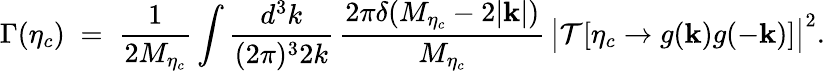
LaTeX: \Gamma(\eta_{c})\; =\; {\frac{1}{2M_{\eta_{c}}}}\int{\frac{d^{3}k}{(2{\pi})^{3}2k}}\, {\frac{2\pi\delta(M_{\eta_{c}}-2|{\mathbf k}|)}{M_{\eta_{c}}}}\, \big|{\cal T}[\eta_{c}\to g({\mathbf k})g(-{\mathbf k})]\big|^{2}.